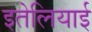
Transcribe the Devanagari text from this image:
इतेलियाई